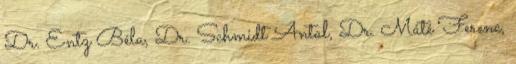
Dr. Entz Béla, Dr. Schmidt Antal, Dr. Máté Ferenc,